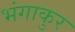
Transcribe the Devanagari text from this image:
भंगाकुर